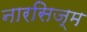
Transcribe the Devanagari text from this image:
नारसिज्म